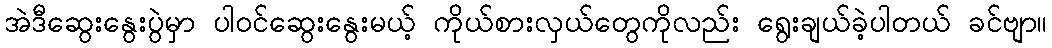
အဲဒီဆွေးနွေးပွဲမှာ ပါဝင်ဆွေးနွေးမယ့် ကိုယ်စားလှယ်တွေကိုလည်း ရွေးချယ်ခဲ့ပါတယ် ခင်ဗျာ။